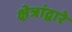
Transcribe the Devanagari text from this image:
क्षेत्रांद्वारे